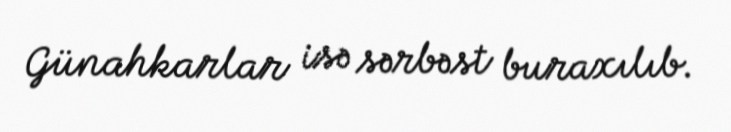
Günahkarlar isə sərbəst buraxılıb.